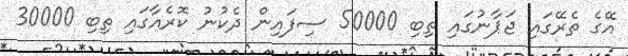
އޭގެ ތެރޭގައި ޖަޕާނުގައި ތިބި 50000 ސިފައިން ދެކުނު ކޮރެއާގައި ތިބި 30000